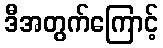
ဒီအတွက်ကြောင့်